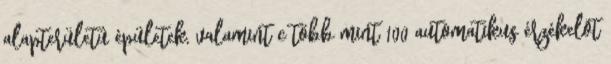
alapterületû épületek, valamint c több mint 100 automatikus érzékelõt